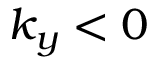
k _ { y } < 0